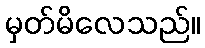
မှတ်မိလေသည်။